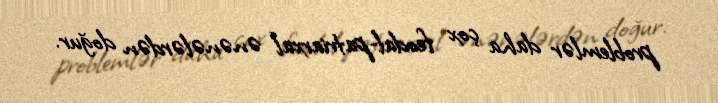
problemlər daha çox feodal-patriarxal ənənələrdən doğur.